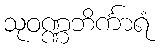
သုဝဏ္ဏဘိင်္ကာရံ